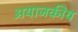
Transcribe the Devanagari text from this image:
अयाजकीय